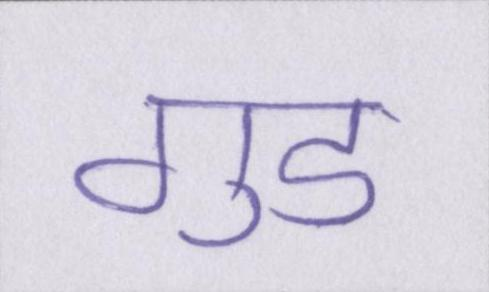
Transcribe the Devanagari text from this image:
गुड